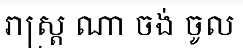
រាស្ត្រ ណា ចង់ ចូល